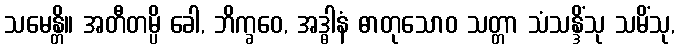
သမေန္တိ။ အတီတမ္ပိ ခေါ, ဘိက္ခဝေ, အဒ္ဓါနံ ဓာတုသောဝ သတ္တာ သံသန္ဒိံသု သမိံသု,